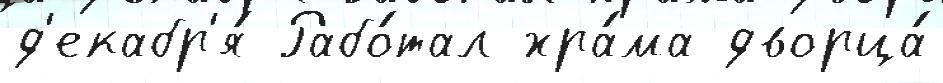
д'екабр'я́ Рабо́тал хра́ма дворца́